Punjab Mental Hospital Lahore 1932-46 - 1932-1946
Year: 1932
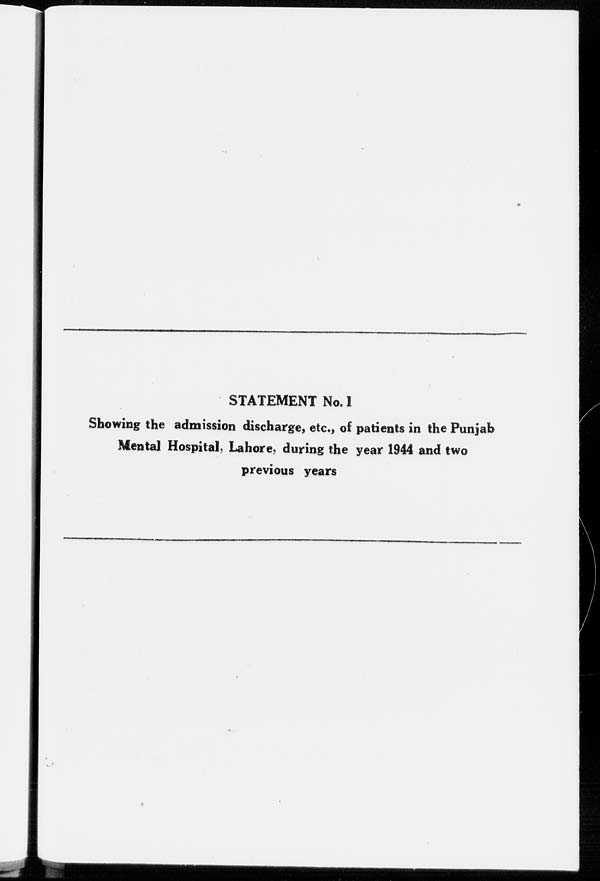
STATEMENT No. I
Showing the admission discharge, etc., of patients in the Punjab
Mental Hospital, Lahore, during the year 1944 and two
previous years